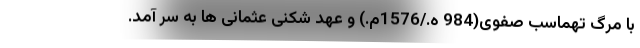
با مرگ تهماسب صفوی(984 ه./1576م.) و عهد شکنی عثمانی ها به سر آمد.